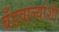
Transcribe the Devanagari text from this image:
बँडवाल्यांशी